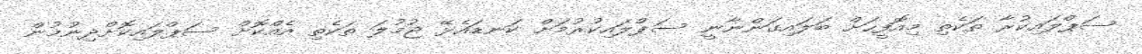
ސަޕްލައިކުރާ ތަކެތި މިއޮފީހަށް ބަލައިގަންނާނީ ސަޕްލައިކުރުމަށް ކަނޑައެޅޭ ޖުމުލަ ތަކެތި އެއްކޮށް ސަޕްލައިކޮށްދިނުމުން